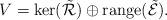
LaTeX: \begin{align*} V = \ker(\tilde{\mathcal{R}}) \oplus\mathrm{range}(\mathcal{\tilde{E}}).\end{align*}